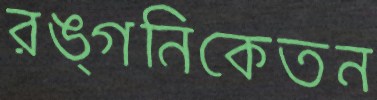
রঙ্গনিকেতন